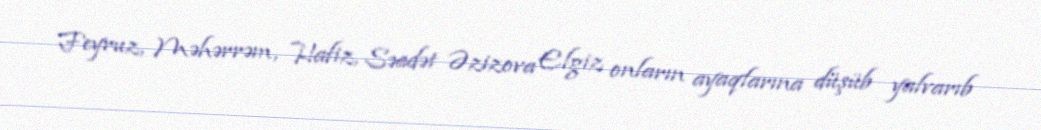
Feyruz, Məhərrəm, Hafiz, Səadət Əzizova Elgiz onların ayaqlarına düşüb yalvarıb